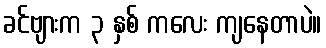
ခင်ဗျားက ၃ နှစ် ကလေး ကျနေတာပဲ။